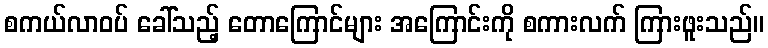
စကယ်လာဝပ် ခေါ်သည့် တောကြောင်များ အကြောင်းကို စကားလက် ကြားဖူးသည်။